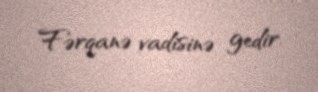
Fərqanə vadisinə gedir.